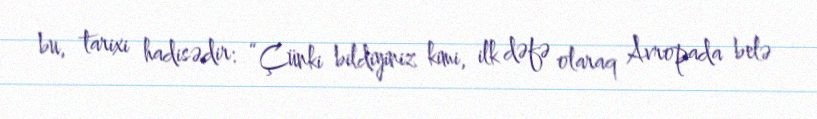
bu, tarixi hadisədir: “Çünki bildiyiniz kimi, ilk dəfə olaraq Avropada belə